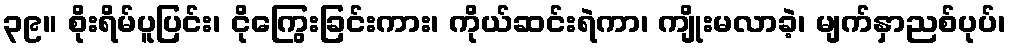
၃၉။ စိုးရိမ်ပူပြင်း၊ ငိုကြွေးခြင်းကား၊ ကိုယ်ဆင်းရဲကာ၊ ကျိုးမလာခဲ့၊ မျက်နှာညစ်ပုပ်၊